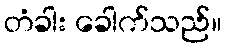
တံခါး ခေါက်သည်။